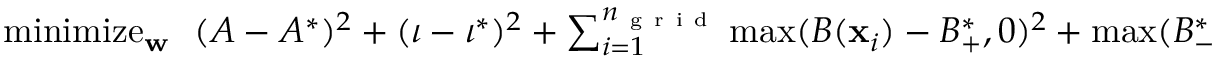
\begin{array} { r } { \operatornamewithlimits { m i n i m i z e } _ { \mathbf { w } } \ \ ( A - A ^ { * } ) ^ { 2 } + ( \iota - \iota ^ { * } ) ^ { 2 } + \sum _ { i = 1 } ^ { { n _ { \mathrm { ~ g ~ r ~ i ~ d ~ } } } } \operatorname* { m a x } ( B ( \mathbf { x } _ { i } ) - B _ { + } ^ { * } , 0 ) ^ { 2 } + \operatorname* { m a x } ( B _ { - } ^ { * } - B ( \mathbf { x } _ { i } ) , 0 ) ^ { 2 } , } \end{array}